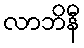
လာဘိနီ